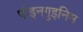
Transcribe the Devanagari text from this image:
पोइनगुइनिम